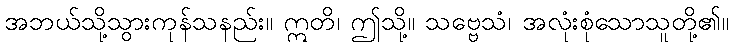
အဘယ်သို့သွားကုန်သနည်း။ ဣတိ၊ ဤသို့။ သဗ္ဗေသံ၊ အလုံးစုံသောသူတို့၏။